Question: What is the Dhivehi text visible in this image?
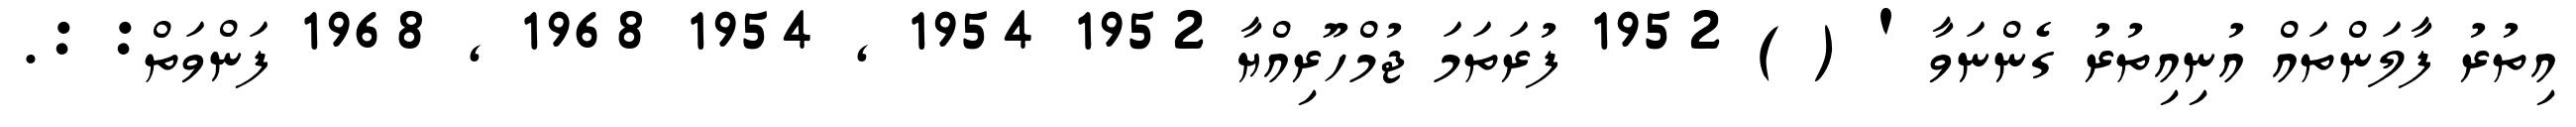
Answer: އިތުރު ފާލަންތައް އުނިއިތުރު ގެންނަވާ ' ( ) 1952 ފުރަތަމަ ޖުމްހޫރިއްޔާ 1952 1954 , 1954 1968 , 1968 ފަންވަތް: :.